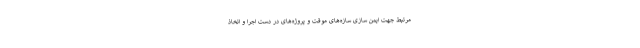
مرتبط جهت ایمن سازی سازه‌های موقت و پروژه‌های در دست اجرا و اتخاذ